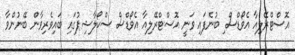
އޮސްޓްރޭލިއާ އެވޯޑްސް ި ބުނެފައި ވަނީ އޮސްޓްރޭލިއާ އެވޯޑްސް ސްކޯލާޝިޕުގައި ބައިވެރިވާން ބޭނުންވާ